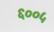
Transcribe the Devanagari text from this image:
६००५